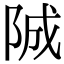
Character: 𨹚